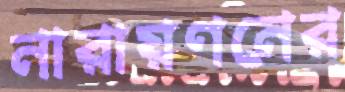
নারায়ণনের